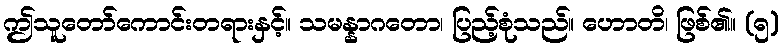
ဤသူတော်ကောင်းတရားနှင့်။ သမန္နာဂတော၊ ပြည့်စုံသည်။ ဟောတိ၊ ဖြစ်၏။ (၅)